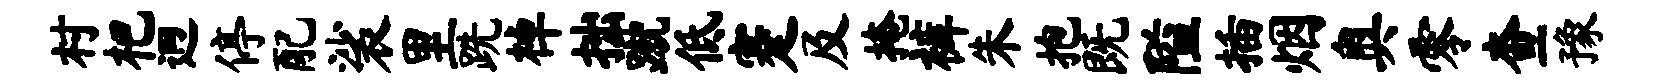
村杷迥停配裟里跣棹拙蹴低蹇及掩裤朱抱既隘插烟奥零查豫